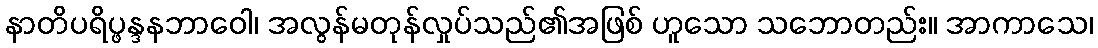
နာတိပရိပ္ဖန္ဒနဘာဝေါ၊ အလွန်မတုန်လှုပ်သည်၏အဖြစ် ဟူသော သဘောတည်း။ အာကာသေ၊